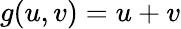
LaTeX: g(u,v)=u+v